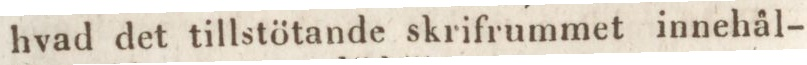
hvad det tillstötande skrifrummet innehål-